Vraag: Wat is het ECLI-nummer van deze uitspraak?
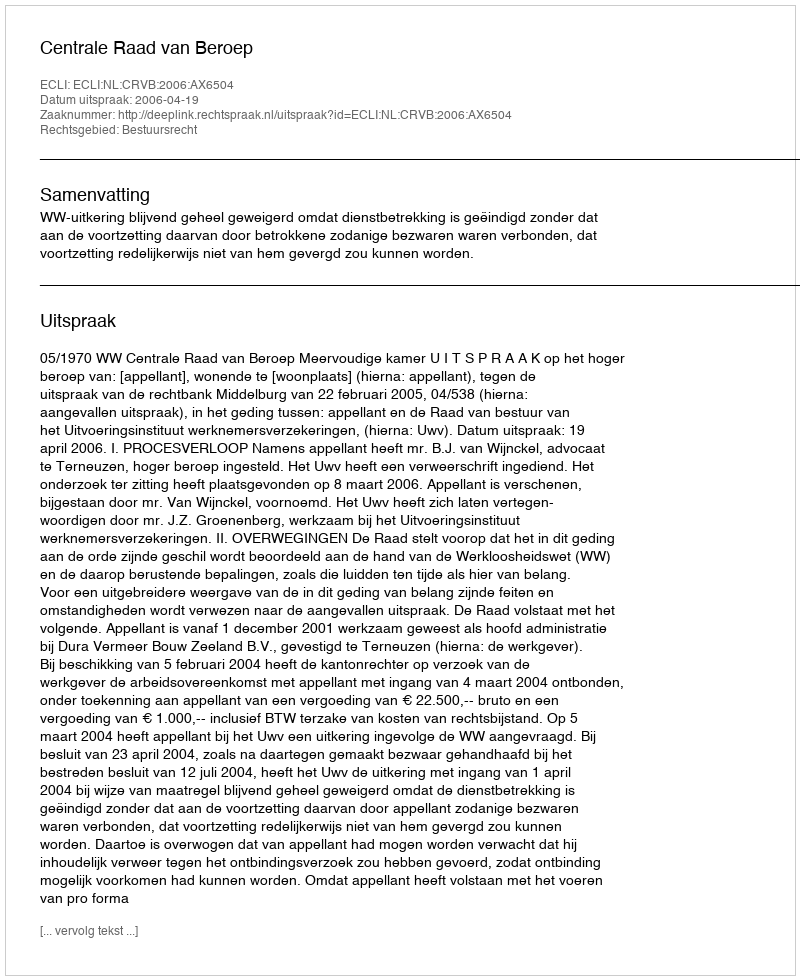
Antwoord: ECLI:NL:CRVB:2006:AX6504